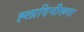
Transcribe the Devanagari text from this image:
ह्लादिनीरूपा